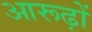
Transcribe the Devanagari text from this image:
आरूढ़ों